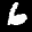
Digit: 6